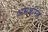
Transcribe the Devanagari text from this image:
असंक्षारक